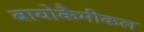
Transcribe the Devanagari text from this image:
बायोकैमीकल